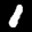
Label: 1